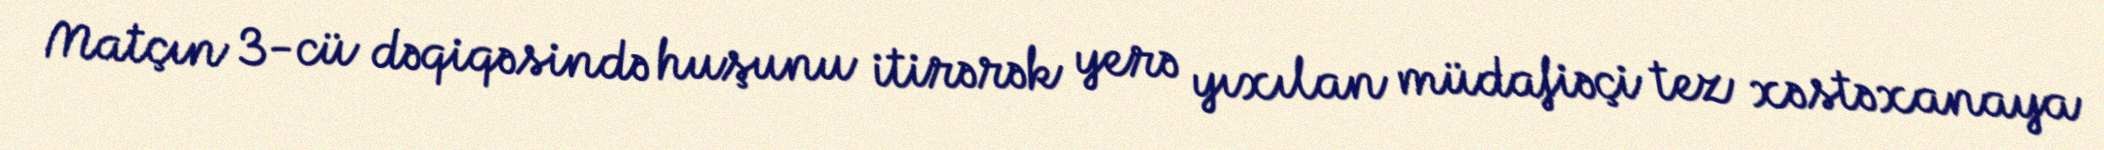
Matçın 3-cü dəqiqəsində huşunu itirərək yerə yıxılan müdafiəçi tez xəstəxanaya